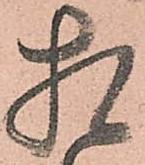
相